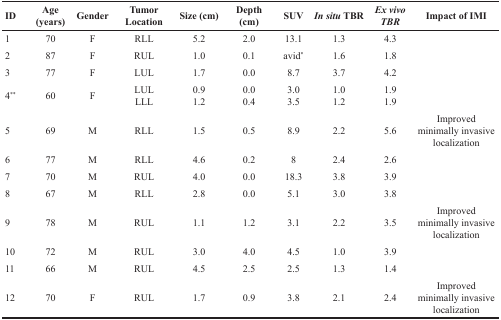
<table><thead><tr><td><b>ID</b></td><td><b>Age (years)</b></td><td><b>Gender</b></td><td><b>Tumor Location</b></td><td><b>Size (cm)</b></td><td><b>Depth (cm)</b></td><td><b>SUV</b></td><td><b><i>In situ</i> TBR</b></td><td><b><i>Ex vivo TBR</i></b></td><td><b>Impact of IMI</b></td></tr></thead><tbody><tr><td>1</td><td>70</td><td>F</td><td>RLL</td><td>5.2</td><td>2.0</td><td>13.1</td><td>1.3</td><td>4.3</td><td></td></tr><tr><td>2</td><td>87</td><td>F</td><td>RUL</td><td>1.0</td><td>0.1</td><td>avid<sup>*</sup></td><td>1.6</td><td>1.8</td><td></td></tr><tr><td>3</td><td>77</td><td>F</td><td>LUL</td><td>1.7</td><td>0.0</td><td>8.7</td><td>3.7</td><td>4.2</td><td></td></tr><tr><td>4<sup>**</sup></td><td>60</td><td>F</td><td>LULLLL</td><td>0.91.2</td><td>0.00.4</td><td>3.03.5</td><td>1.01.2</td><td>1.91.9</td><td></td></tr><tr><td>5</td><td>69</td><td>M</td><td>RLL</td><td>1.5</td><td>0.5</td><td>8.9</td><td>2.2</td><td>5.6</td><td>Improved minimally invasive localization</td></tr><tr><td>6</td><td>77</td><td>M</td><td>RLL</td><td>4.6</td><td>0.2</td><td>8</td><td>2.4</td><td>2.6</td><td></td></tr><tr><td>7</td><td>70</td><td>M</td><td>RUL</td><td>4.0</td><td>0.0</td><td>18.3</td><td>3.8</td><td>3.9</td><td></td></tr><tr><td>8</td><td>67</td><td>M</td><td>RLL</td><td>2.8</td><td>0.0</td><td>5.1</td><td>3.0</td><td>3.8</td><td></td></tr><tr><td>9</td><td>78</td><td>M</td><td>RUL</td><td>1.1</td><td>1.2</td><td>3.1</td><td>2.2</td><td>3.5</td><td>Improved minimally invasive localization</td></tr><tr><td>10</td><td>72</td><td>M</td><td>RUL</td><td>3.0</td><td>4.0</td><td>4.5</td><td>1.0</td><td>3.9</td><td></td></tr><tr><td>11</td><td>66</td><td>M</td><td>RUL</td><td>4.5</td><td>2.5</td><td>2.5</td><td>1.3</td><td>1.4</td><td></td></tr><tr><td>12</td><td>70</td><td>F</td><td>RUL</td><td>1.7</td><td>0.9</td><td>3.8</td><td>2.1</td><td>2.4</td><td>Improved minimally invasive localization</td></tr></tbody></table>